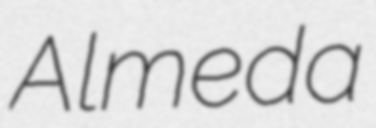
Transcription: Almeda